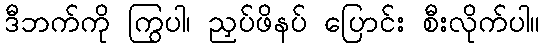
ဒီဘက်ကို ကြွပါ၊ ညှပ်ဖိနပ် ပြောင်း စီးလိုက်ပါ။